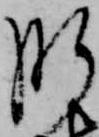
肝